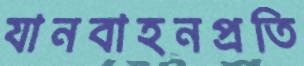
যানবাহনপ্রতি